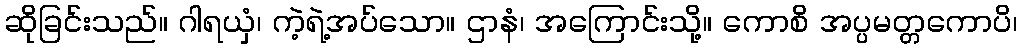
ဆိုခြင်းသည်။ ဂါရယှံ၊ ကဲ့ရဲ့အပ်သော။ ဌာနံ၊ အကြောင်းသို့။ ကောစိ အပ္ပမတ္တကောပိ၊